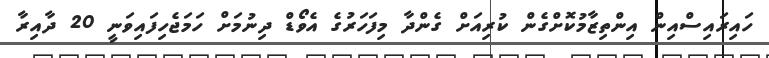
ހައިރައިސްއިން އިންތިޒާމުކޮށްގެން ކުރިއަށް ގެންދާ މިފަހަރުގެ އެވޯޑް ދިނުމަށް ހަމަޖެހިފައިވަނީ 20 ދާއިރާ